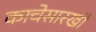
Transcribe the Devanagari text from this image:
काचेसारखी